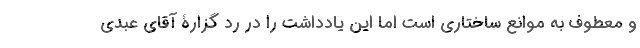
و معطوف به موانع ساختاری است اما این یادداشت را در رد گزارۀ آقای عبدی